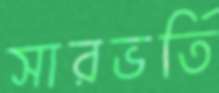
সারভর্তি